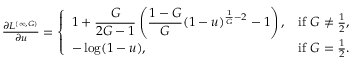
\begin{array} { r } { \frac { \partial L ^ { ( \infty , G ) } } { \partial u } = \left\{ \begin{array} { l l } { \displaystyle 1 + \frac { G } { 2 G - 1 } \left( \frac { 1 - G } { G } ( 1 - u ) ^ { \frac { 1 } { G } - 2 } - 1 \right) , } & { \mathrm { i f ~ } G \neq \frac { 1 } { 2 } , } \\ { \displaystyle - \log ( 1 - u ) , } & { \mathrm { i f ~ } G = \frac { 1 } { 2 } . } \end{array} \right. } \end{array}